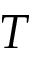
T